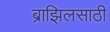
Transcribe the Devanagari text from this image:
ब्राझिलसाठी